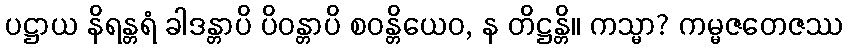
ပဋ္ဌာယ နိရန္တရံ ခါဒန္တာပိ ပိဝန္တာပိ စဝန္တိယေဝ, န တိဋ္ဌန္တိ။ ကသ္မာ? ကမ္မဇတေဇဿ